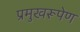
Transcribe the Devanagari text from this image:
प्रमुखरूपेण